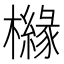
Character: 櫞